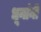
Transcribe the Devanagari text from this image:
धूनांनी